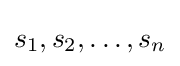
s_{1},s_{2},\ldots ,s_{n}